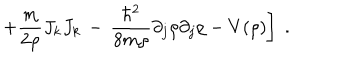
\left. + \frac { m } { 2 \rho } J _ { k } J _ { k } \, - \, \frac { \hbar ^ { 2 } } { 8 m \rho } \partial _ { j } \rho \partial _ { j } \rho - V ( \rho ) \right] \; .